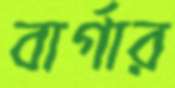
বার্গার